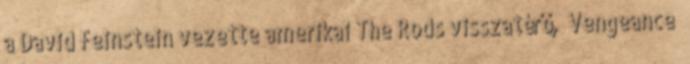
a David Feinstein vezette amerikai The Rods visszatérő, ’Vengeance’